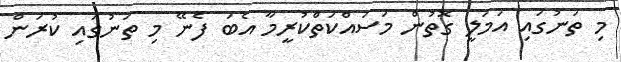
މި ތަނުގައި އަމަލީ ގޮތުން މަސައްކަތްކުރީމާ އެބަ ފެނޭ މި ތަނުގައި ކުރަން